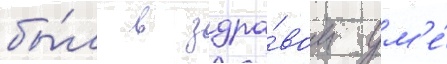
бы́л в здра́вом ум'е́